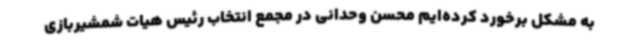
به مشکل برخورد کرده‌ایم محسن وحدانی در مجمع انتخاب رئیس هیات شمشیربازی